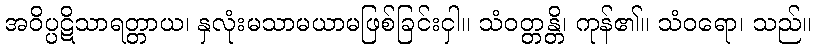
အဝိပ္ပဋိသာရတ္တာယ၊ နှလုံးမသာမယာမဖြစ်ခြင်းငှါ။ သံဝတ္တန္တိ၊ ကုန်၏။ သံဝရော၊ သည်။